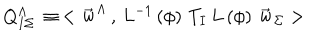
Q _ { I \Sigma } ^ { \Lambda } \, \equiv \, < { \vec { \bf w } } ^ { \Lambda } \, , \, L ^ { - 1 } \left( \phi \right) \, T _ { I } \, L \left( \phi \right) \, { \vec { \bf w } } _ { \Sigma } >